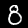
Digit: 8